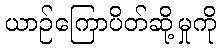
ယာဉ်ကြောပိတ်ဆို့မှုကို